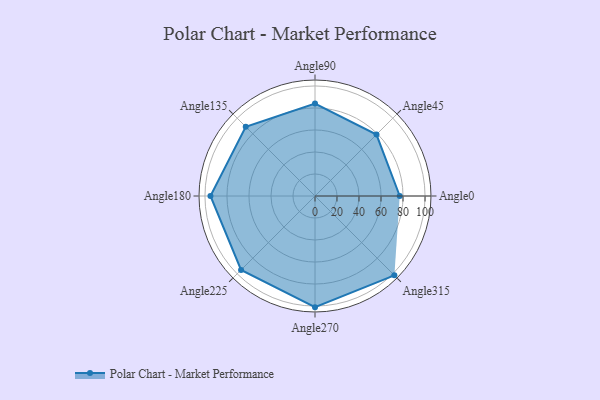
{"axis": {"x": "Angle", "y": "Radius"}, "legend": [""], "data": [{"x": "Angle0", "y": 77.0, "type": ""}, {"x": "Angle45", "y": 79.0, "type": ""}, {"x": "Angle90", "y": 84.0, "type": ""}, {"x": "Angle135", "y": 89.0, "type": ""}, {"x": "Angle180", "y": 95.0, "type": ""}, {"x": "Angle225", "y": 95.0, "type": ""}, {"x": "Angle270", "y": 101.0, "type": ""}, {"x": "Angle315", "y": 102.0, "type": ""}]}